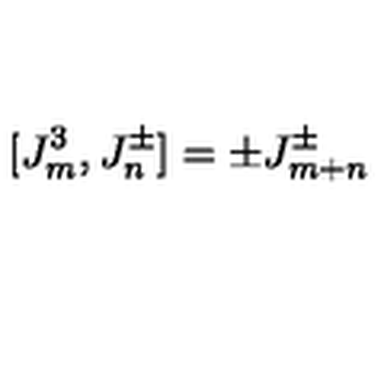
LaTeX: [ J _ { m } ^ { 3 } , J _ { n } ^ { \pm } ] = \pm J _ { m + n } ^ { \pm }